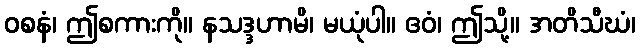
ဝစနံ၊ ဤစကားကို။ နသဒ္ဒဟာမိ၊ မယုံပါ။ ဧဝံ၊ ဤသို့။ အတိသီဃံ၊